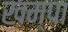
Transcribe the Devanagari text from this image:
खम्पा